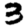
Digit: 3